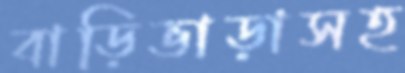
বাড়িভাড়াসহ